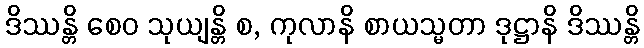
ဒိဿန္တိ စေဝ သုယျန္တိ စ, ကုလာနိ စာယသ္မတာ ဒုဋ္ဌာနိ ဒိဿန္တိ